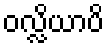
ဝလ္လိယာပိ